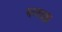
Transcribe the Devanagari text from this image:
मायाक्का